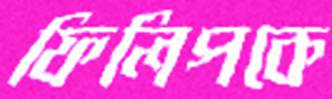
ফিলিপকে